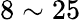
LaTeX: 8\sim 25